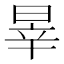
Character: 𣇛